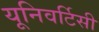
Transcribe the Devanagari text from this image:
यूनिवर्टिसी